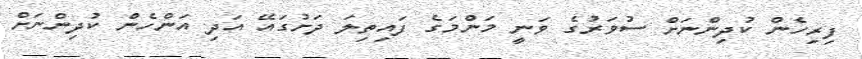
ފިރިހެން ކުދިންނަށް ސުވަރުގެ ވަނީ މަންމަގެ ފައިތިލަ ދަށުގައޭ އަދި އަންހެން ކުދިންނަށް